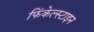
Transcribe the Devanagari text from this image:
फिंकेल्स्टाइन